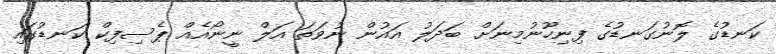
ކަނޑުގެ ލޮނުގަނޑުގެ ފިނިހޫނުމިނަށް ބަދަލު އައުން ނުވަތަ އަލް ނީނޯއެއް ޕެސިފިކް ކަނޑުގައި